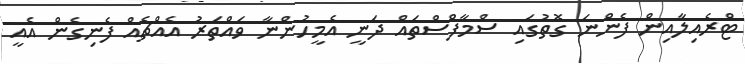
ޓްރެއިލާއިން ފެންނަ ގޮތުގައި ސްމާފްސްތައް ދަނީ އެމީހުންނާ ވައްތަރު އެއްޗެއް ފެނިގެން އެއީ